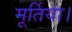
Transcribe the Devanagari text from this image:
मूर्तियां।